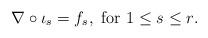
LaTeX: \begin{align*}\nabla \circ \iota_s = f_s, \mbox{ for $1\leq s\leq r$}.\end{align*}